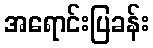
အရောင်းပြခန်း